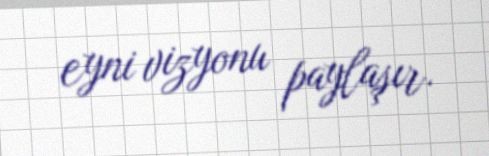
eyni vizyonu paylaşır.